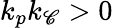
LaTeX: k_{p}k_{\mathscr{C}}>0